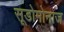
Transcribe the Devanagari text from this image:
सूडोमोनाज